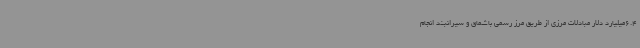
6.4میلیارد دلار مبادلات مرزی از طریق مرز رسمی باشماق و سیرانبند انجام